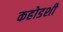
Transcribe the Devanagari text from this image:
कहोडशी